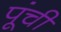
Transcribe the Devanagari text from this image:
पूंची